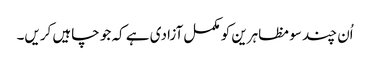
اُن چند سو مظاہرین کو مکمل آزادی ہے کہ جو چاہیں کریں۔